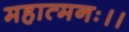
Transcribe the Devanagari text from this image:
महात्मनः।।